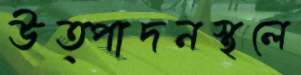
উত্পাদনস্থলে